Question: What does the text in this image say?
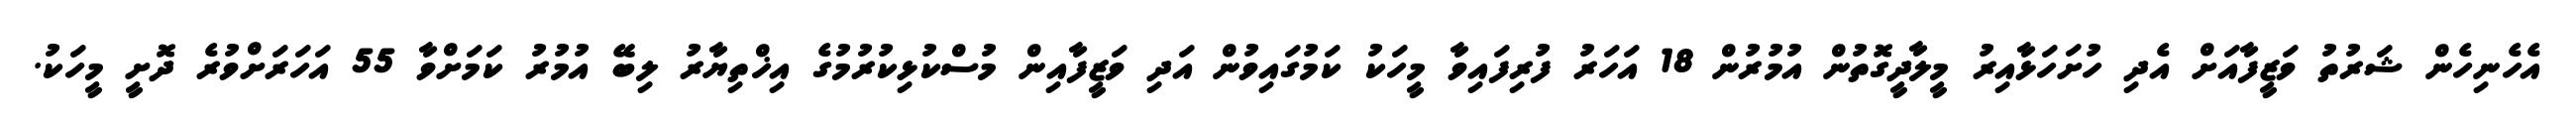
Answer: އެހެނިހެން ޝަރުތު ވަޒީފާއަށް އެދި ހުށަހަޅާއިރު މީލާދީގޮތުން އުމުރުން 18 އަހަރު ފުރިފައިވާ މީހަކު ކަމުގައިވުން އަދި ވަޒީފާއިން މުސްކުޅިކުރުމުގެ އިޚްތިޔާރު ލިބޭ އުމުރު ކަމަށްވާ 55 އަހަރަށްވުރެ ދޮށީ މީހަކު.